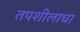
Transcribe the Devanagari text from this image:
तपशीलाचा